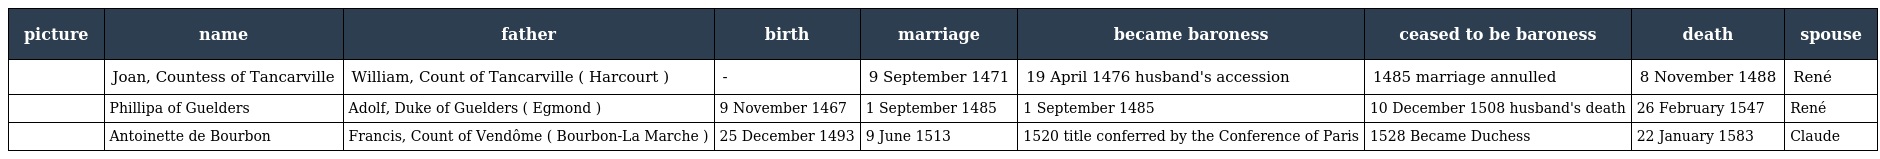
| picture | name | father | birth | marriage | became baroness | ceased to be baroness | death | spouse |
 | --- | --- | --- | --- | --- | --- | --- | --- | --- |
 |  | Joan, Countess of Tancarville | William, Count of Tancarville ( Harcourt ) | - | 9 September 1471 | 19 April 1476 husband's accession | 1485 marriage annulled | 8 November 1488 | René |
 |  | Phillipa of Guelders | Adolf, Duke of Guelders ( Egmond ) | 9 November 1467 | 1 September 1485 | 1 September 1485 | 10 December 1508 husband's death | 26 February 1547 | René |
 |  | Antoinette de Bourbon | Francis, Count of Vendôme ( Bourbon-La Marche ) | 25 December 1493 | 9 June 1513 | 1520 title conferred by the Conference of Paris | 1528 Became Duchess | 22 January 1583 | Claude |